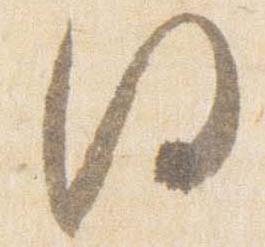
同